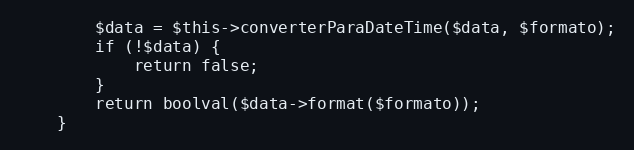
Language: PHP
        $data = $this->converterParaDateTime($data, $formato);
        if (!$data) {
            return false;
        }
        return boolval($data->format($formato));
    }